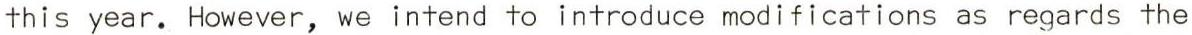
this year. However, we intend to introduce modifications as regards the